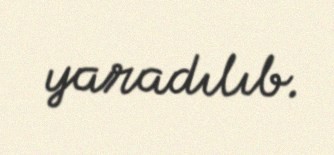
yaradılıb.